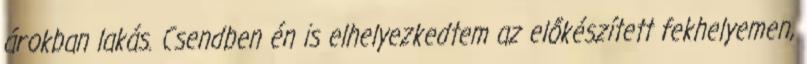
árokban lakás. Csendben én is elhelyezkedtem az előkészített fekhelyemen,